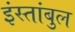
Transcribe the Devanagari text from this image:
इंस्तांबुल